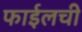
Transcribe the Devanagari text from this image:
फाईलची